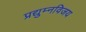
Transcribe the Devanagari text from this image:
प्रद्युम्नविजय